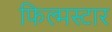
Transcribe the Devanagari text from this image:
फिल्मस्टार